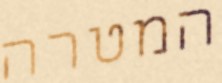
המטרה